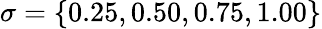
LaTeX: \sigma=\{ 0.25,0.50,0.75,1.00\}